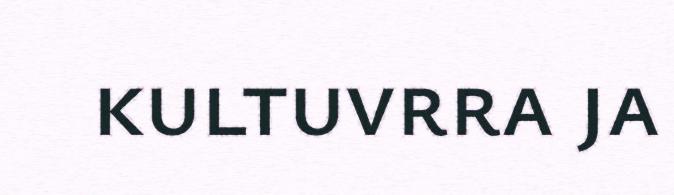
kultuvrra ja